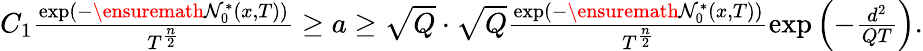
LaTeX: \begin{array}{r}{C_{1}\frac{\exp\left(-\ensuremath{\mathcal{N}}_{0}^{*}(x,T)\right)}{T^{\frac n2}}\ge a\ge\sqrt{Q}\cdot\sqrt{Q}\frac{\exp\left(-\ensuremath{\mathcal{N}}_{0}^{*}(x,T)\right)}{T^{\frac n2}}\exp\left(-\frac{d^{2}}{QT}\right).}\end{array}